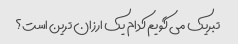
تبریک می گویم کدام یک ارزان ترین است؟